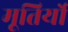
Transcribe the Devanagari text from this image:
मूतिर्यो